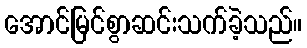
အောင်မြင်စွာဆင်းသက်ခဲ့သည်။